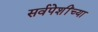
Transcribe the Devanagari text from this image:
सर्वपेशींच्या